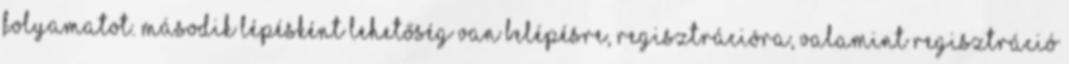
folyamatot. Második lépésként lehetőség van belépésre, regisztrációra, valamint regisztráció